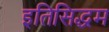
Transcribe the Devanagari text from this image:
इतिसिद्धम